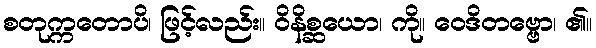
စတုက္ကတောပိ၊ ဖြင့်လည်း။ ဝိနိစ္ဆယော၊ ကို။ ဝေဒိတဗ္ဗော၊ ၏။